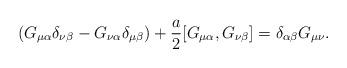
LaTeX: \begin{align*}(G_{\mu \alpha } \delta _{\nu\beta } - G_{\nu \alpha } \delta _{\mu\beta } ) +\frac{a}{2} [ G_{\mu \alpha }, G_{\nu \beta } ] =\delta_{ \alpha \beta} G_{\mu \nu}.\end{align*}